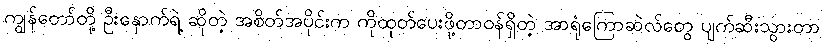
ကျွန်တော်တို့ ဦးနှောက်ရဲ့ ဆိုတဲ့ အစိတ်အပိုင်းက ကိုထုတ်ပေးဖို့တာဝန်ရှိတဲ့ အာရုံကြောဆဲလ်တွေ ပျက်ဆီးသွားတာ